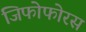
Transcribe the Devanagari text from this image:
जिफोफोरस